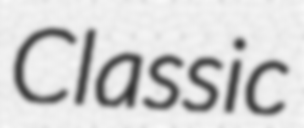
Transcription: Classic